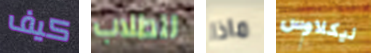
كيف للطلاب ماذا نيكلاوس